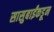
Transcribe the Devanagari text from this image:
सासुबाईंकडून